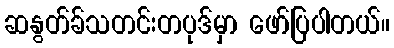
ဆနွတ်ခ်သတင်းတပုဒ်မှာ ဖော်ပြပါတယ်။